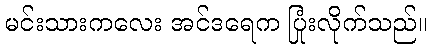
မင်းသားကလေး အင်ဒရေက ပြုံးလိုက်သည်။